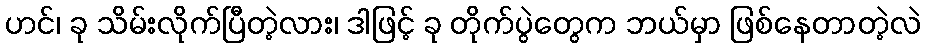
ဟင်၊ ခု သိမ်းလိုက်ပြီတဲ့လား၊ ဒါဖြင့် ခု တိုက်ပွဲတွေက ဘယ်မှာ ဖြစ်နေတာတဲ့လဲ